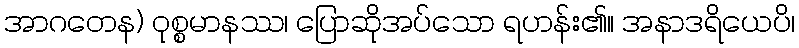
အာဂတေန) ဝုစ္စမာနဿ၊ ပြောဆိုအပ်သော ရဟန်း၏။ အနာဒရိယေပိ၊